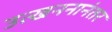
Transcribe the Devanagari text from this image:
उत्खननानंतर